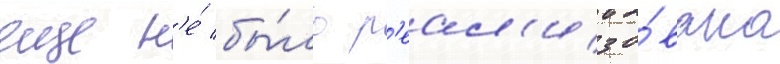
еще н'е́ бы́ло р'еал'изо́вано